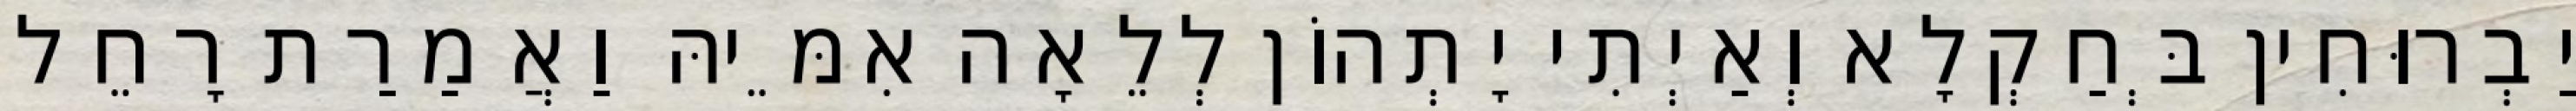
יַבְרוּחִין בְּחַקְלָא וְאַיְתִי יָתְהוֹן לְלֵאָה אִמֵּיהּ וַאֲמַרַת רָחֵל